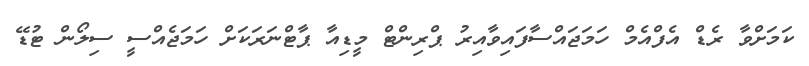
ކަމަށްވާ ރެޑް އެފްއެމް ހަމަޖައްސާފައިވާއިރު ޕްރިންޓް މީޑިއާ ޕާޓްނަރަކަށް ހަމަޖެއްސީ ސިލޯން ޓުޑޭ